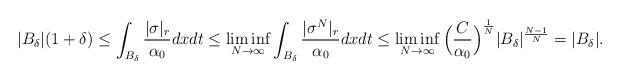
LaTeX: \begin{align*} |B_\delta|(1+\delta)\leq\int_{B_\delta}\frac{|\sigma|_r}{\alpha_0}dxdt\leq \liminf_{N\rightarrow\infty}\int_{B_\delta}\frac{|\sigma^N|_r}{\alpha_0}dxdt\leq\liminf_{N\rightarrow\infty}\Big(\frac{C}{\alpha_0}\Big)^{\frac{1}{N}}|B_\delta|^{\frac{N-1}{N}}=|B_\delta|.\end{align*}